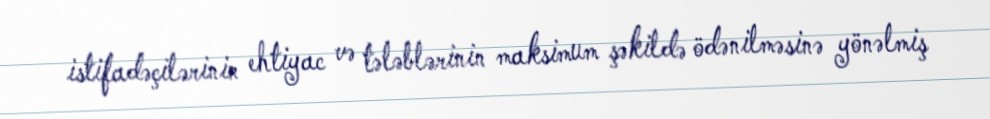
istifadəçilərinin ehtiyac və tələblərinin maksimum şəkildə ödənilməsinə yönəlmiş